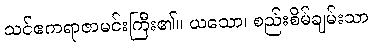
သင်ဧကရာဇာမင်းကြီး၏။ ယသော၊ စည်းစိမ်ချမ်းသာ